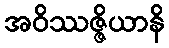
အဝိဿဇ္ဇိယာနိ